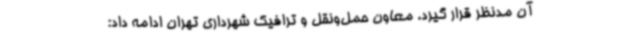
آن مدنظر قرار گیرد. معاون حمل‌ونقل و ترافیک شهرداری تهران ادامه داد: